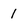
Character: 1